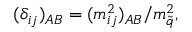
( \delta _ { i j } ) _ { A B } = { ( m _ { i j } ^ { 2 } ) _ { A B } / m _ { \tilde { q } } ^ { 2 } } ,